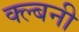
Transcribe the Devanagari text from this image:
क्ल्बनी